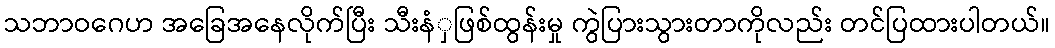
သဘာဝဂေဟ အခြေအနေလိုက်ပြီး သီးနံှဖြစ်ထွန်းမှု ကွဲပြားသွားတာကိုလည်း တင်ပြထားပါတယ်။